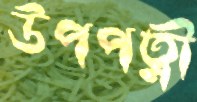
উপপত্নী